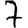
Digit: 7